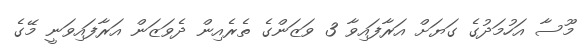
މޫސާ އަހުމަދުގެ ގަޔަށް އަރާފައިވާ 3 ވަޒަންގެ ތެރެއިން ދެވަޒަން އަރާފައިވަނީ މޭގެ